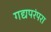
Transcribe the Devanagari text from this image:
गद्यपरंपरा